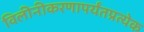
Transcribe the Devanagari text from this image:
विलीनीकरणापर्यंतप्रत्येक